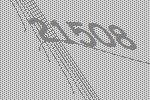
21508